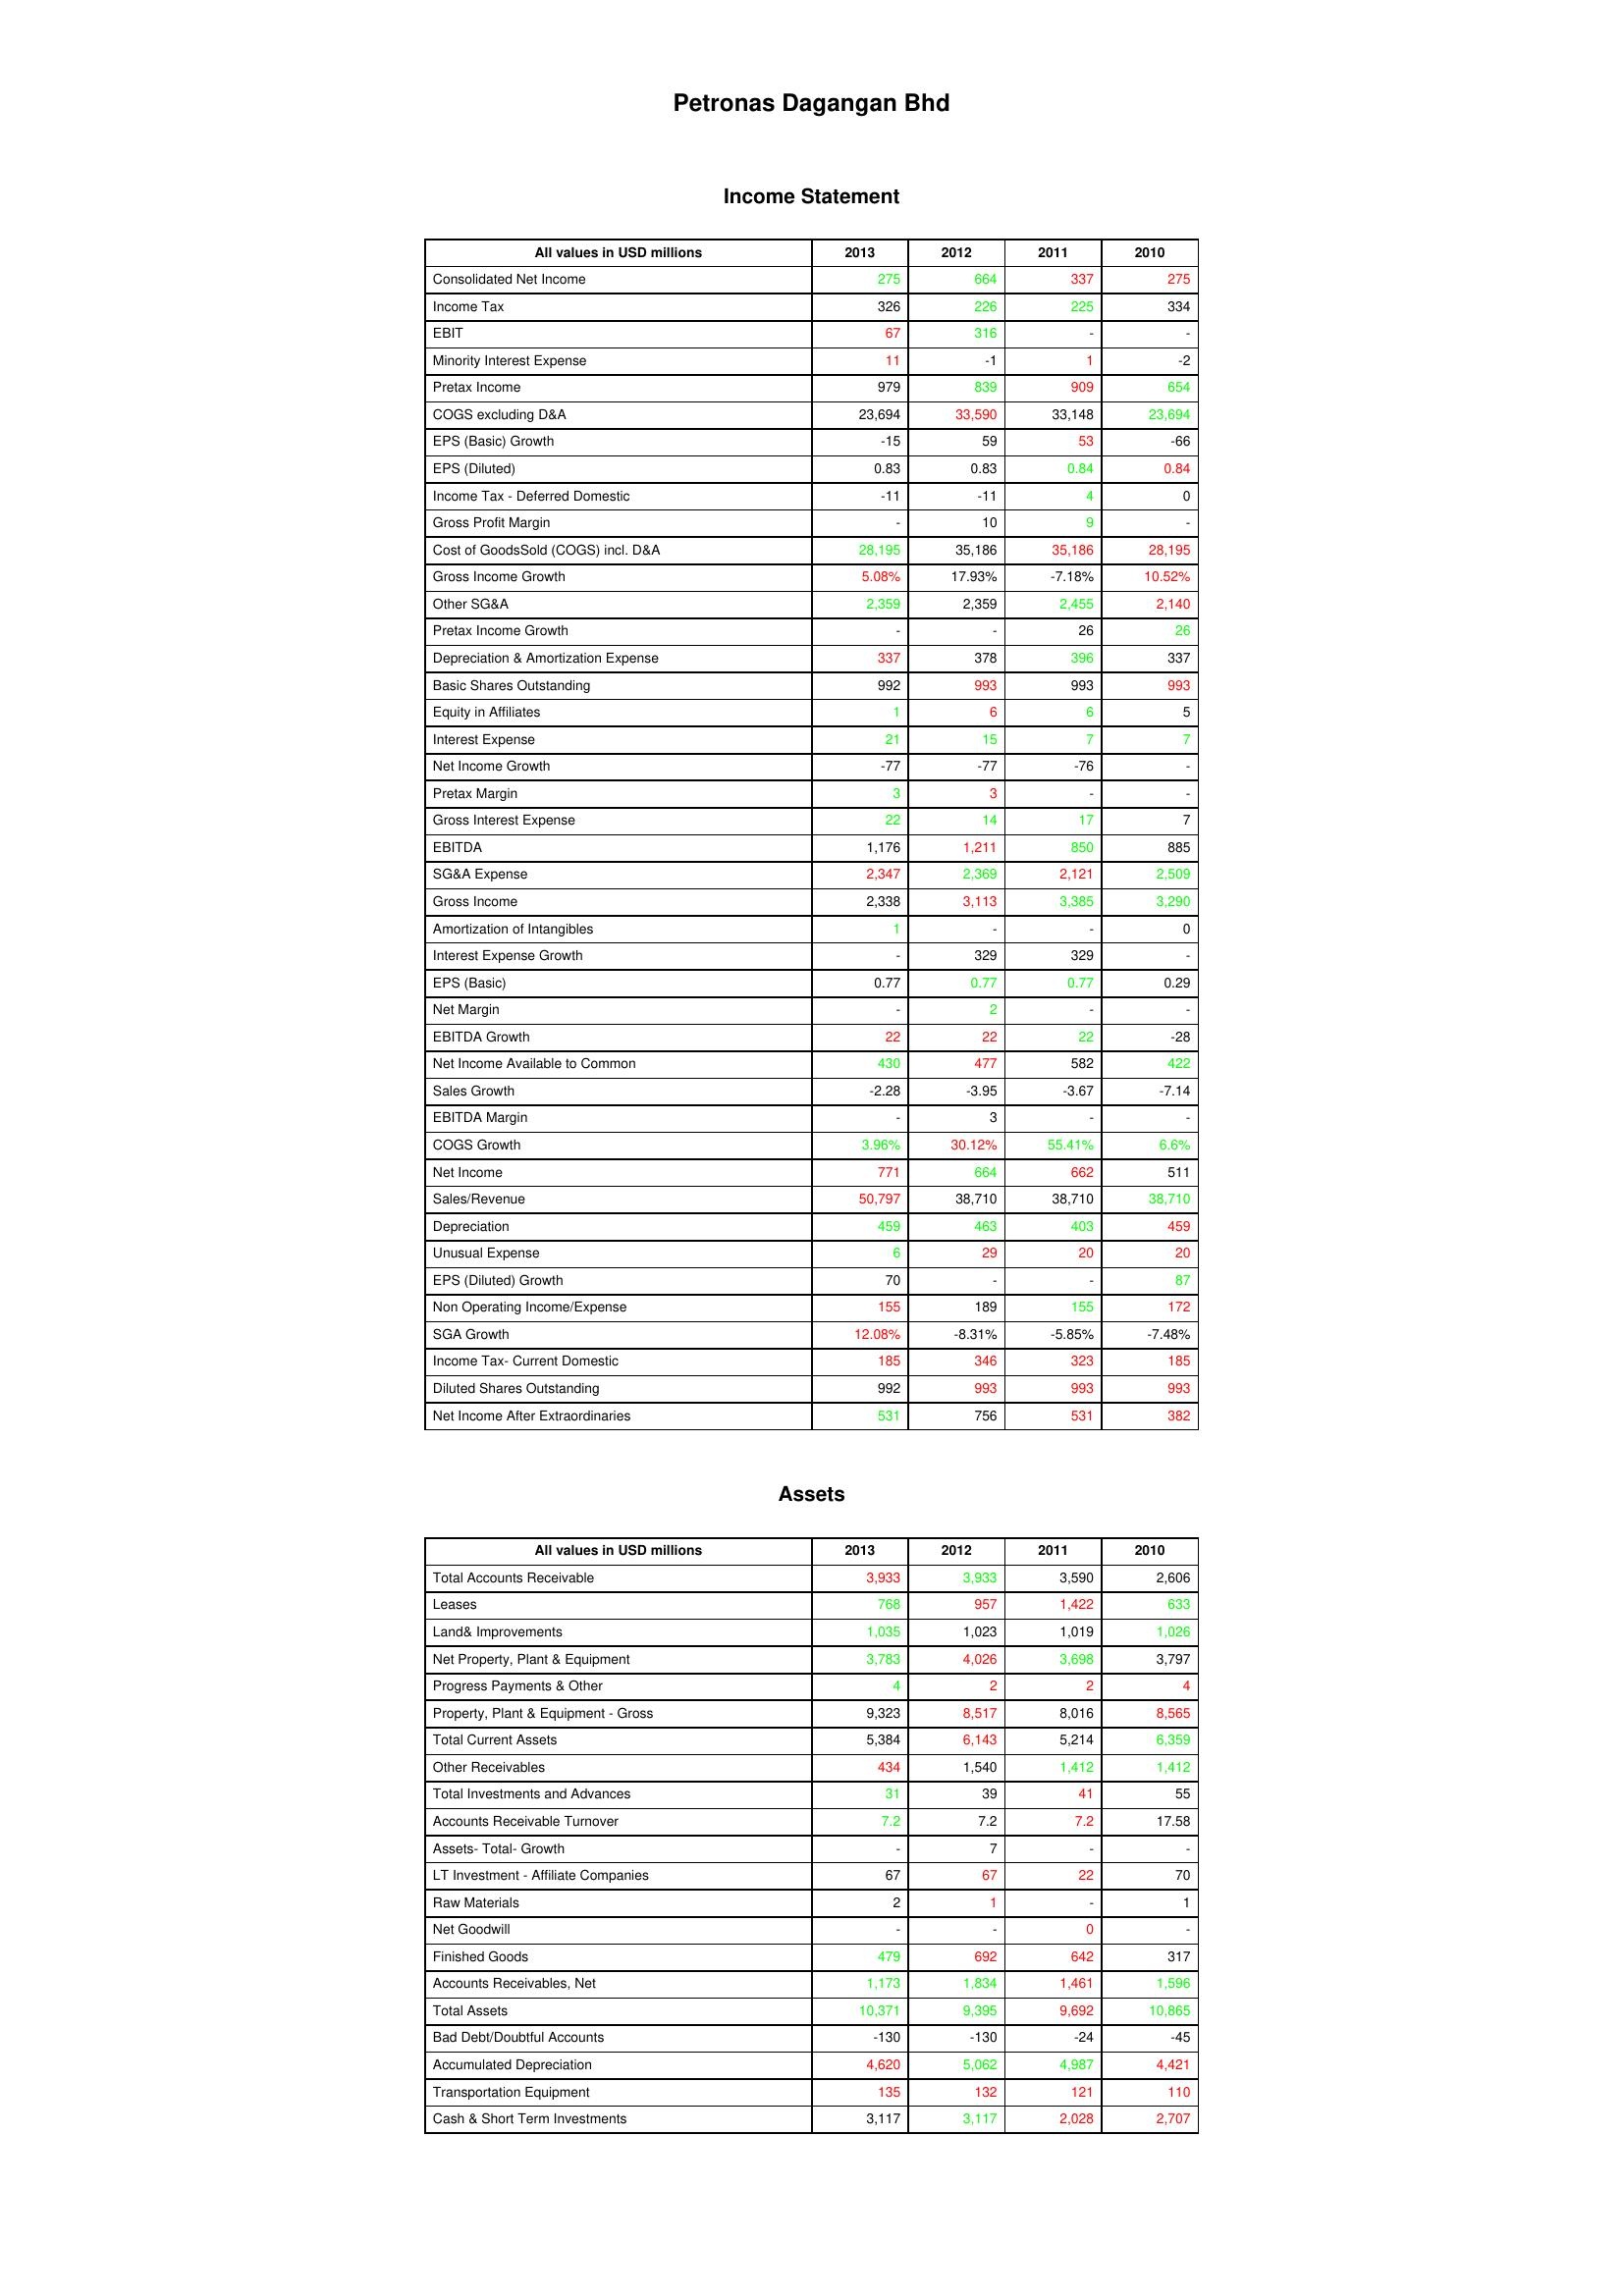
gt_parse: 2013: Income Statement: Consolidated Net Income: 275
Income Tax: 326
EBIT: 67
Minority Interest Expense: 11
Pretax Income: 979
COGS excluding D&A: 23,694
EPS (Basic) Growth: -15
EPS (Diluted): 0.83
Income Tax - Deferred Domestic: -11
Gross Profit Margin: -
Cost of GoodsSold (COGS) incl. D&A: 28,195
Gross Income Growth: 5.08%
Other SG&A: 2,359
Pretax Income Growth: -
Depreciation & Amortization Expense: 337
Basic Shares Outstanding: 992
Equity in Affiliates: 1
Interest Expense: 21
Net Income Growth: -77
Pretax Margin: 3
Gross Interest Expense: 22
EBITDA: 1,176
SG&A Expense: 2,347
Gross Income: 2,338
Amortization of Intangibles: 1
Interest Expense Growth: -
EPS (Basic): 0.77
Net Margin: -
EBITDA Growth: 22
Net Income Available to Common: 430
Sales Growth: -2.28
EBITDA Margin: -
COGS Growth: 3.96%
Net Income: 771
Sales/Revenue: 50,797
Depreciation: 459
Unusual Expense: 6
EPS (Diluted) Growth: 70
Non Operating Income/Expense: 155
SGA Growth: 12.08%
Income Tax- Current Domestic: 185
Diluted Shares Outstanding: 992
Net Income After Extraordinaries: 531
Assets: Total Accounts Receivable: 3,933
Leases: 768
Land& Improvements: 1,035
Net Property, Plant & Equipment: 3,783
Progress Payments & Other: 4
Property, Plant & Equipment - Gross : 9,323
Total Current Assets: 5,384
Other Receivables: 434
Total Investments and Advances: 31
Accounts Receivable Turnover: 7.2
Assets- Total- Growth: -
LT Investment - Affiliate Companies: 67
Raw Materials: 2
Net Goodwill: -
Finished Goods: 479
Accounts Receivables, Net: 1,173
Total Assets: 10,371
Bad Debt/Doubtful Accounts: -130
Accumulated Depreciation: 4,620
Transportation Equipment: 135
Cash & Short Term Investments: 3,117
2012: Income Statement: Consolidated Net Income: 664
Income Tax: 226
EBIT: 316
Minority Interest Expense: -1
Pretax Income: 839
COGS excluding D&A: 33,590
EPS (Basic) Growth: 59
EPS (Diluted): 0.83
Income Tax - Deferred Domestic: -11
Gross Profit Margin: 10
Cost of GoodsSold (COGS) incl. D&A: 35,186
Gross Income Growth: 17.93%
Other SG&A: 2,359
Pretax Income Growth: -
Depreciation & Amortization Expense: 378
Basic Shares Outstanding: 993
Equity in Affiliates: 6
Interest Expense: 15
Net Income Growth: -77
Pretax Margin: 3
Gross Interest Expense: 14
EBITDA: 1,211
SG&A Expense: 2,369
Gross Income: 3,113
Amortization of Intangibles: -
Interest Expense Growth: 329
EPS (Basic): 0.77
Net Margin: 2
EBITDA Growth: 22
Net Income Available to Common: 477
Sales Growth: -3.95
EBITDA Margin: 3
COGS Growth: 30.12%
Net Income: 664
Sales/Revenue: 38,710
Depreciation: 463
Unusual Expense: 29
EPS (Diluted) Growth: -
Non Operating Income/Expense: 189
SGA Growth: -8.31%
Income Tax- Current Domestic: 346
Diluted Shares Outstanding: 993
Net Income After Extraordinaries: 756
Assets: Total Accounts Receivable: 3,933
Leases: 957
Land& Improvements: 1,023
Net Property, Plant & Equipment: 4,026
Progress Payments & Other: 2
Property, Plant & Equipment - Gross : 8,517
Total Current Assets: 6,143
Other Receivables: 1,540
Total Investments and Advances: 39
Accounts Receivable Turnover: 7.2
Assets- Total- Growth: 7
LT Investment - Affiliate Companies: 67
Raw Materials: 1
Net Goodwill: -
Finished Goods: 692
Accounts Receivables, Net: 1,834
Total Assets: 9,395
Bad Debt/Doubtful Accounts: -130
Accumulated Depreciation: 5,062
Transportation Equipment: 132
Cash & Short Term Investments: 3,117
2011: Income Statement: Consolidated Net Income: 337
Income Tax: 225
EBIT: -
Minority Interest Expense: 1
Pretax Income: 909
COGS excluding D&A: 33,148
EPS (Basic) Growth: 53
EPS (Diluted): 0.84
Income Tax - Deferred Domestic: 4
Gross Profit Margin: 9
Cost of GoodsSold (COGS) incl. D&A: 35,186
Gross Income Growth: -7.18%
Other SG&A: 2,455
Pretax Income Growth: 26
Depreciation & Amortization Expense: 396
Basic Shares Outstanding: 993
Equity in Affiliates: 6
Interest Expense: 7
Net Income Growth: -76
Pretax Margin: -
Gross Interest Expense: 17
EBITDA: 850
SG&A Expense: 2,121
Gross Income: 3,385
Amortization of Intangibles: -
Interest Expense Growth: 329
EPS (Basic): 0.77
Net Margin: -
EBITDA Growth: 22
Net Income Available to Common: 582
Sales Growth: -3.67
EBITDA Margin: -
COGS Growth: 55.41%
Net Income: 662
Sales/Revenue: 38,710
Depreciation: 403
Unusual Expense: 20
EPS (Diluted) Growth: -
Non Operating Income/Expense: 155
SGA Growth: -5.85%
Income Tax- Current Domestic: 323
Diluted Shares Outstanding: 993
Net Income After Extraordinaries: 531
Assets: Total Accounts Receivable: 3,590
Leases: 1,422
Land& Improvements: 1,019
Net Property, Plant & Equipment: 3,698
Progress Payments & Other: 2
Property, Plant & Equipment - Gross : 8,016
Total Current Assets: 5,214
Other Receivables: 1,412
Total Investments and Advances: 41
Accounts Receivable Turnover: 7.2
Assets- Total- Growth: -
LT Investment - Affiliate Companies: 22
Raw Materials: -
Net Goodwill: 0
Finished Goods: 642
Accounts Receivables, Net: 1,461
Total Assets: 9,692
Bad Debt/Doubtful Accounts: -24
Accumulated Depreciation: 4,987
Transportation Equipment: 121
Cash & Short Term Investments: 2,028
2010: Income Statement: Consolidated Net Income: 275
Income Tax: 334
EBIT: -
Minority Interest Expense: -2
Pretax Income: 654
COGS excluding D&A: 23,694
EPS (Basic) Growth: -66
EPS (Diluted): 0.84
Income Tax - Deferred Domestic: 0
Gross Profit Margin: -
Cost of GoodsSold (COGS) incl. D&A: 28,195
Gross Income Growth: 10.52%
Other SG&A: 2,140
Pretax Income Growth: 26
Depreciation & Amortization Expense: 337
Basic Shares Outstanding: 993
Equity in Affiliates: 5
Interest Expense: 7
Net Income Growth: -
Pretax Margin: -
Gross Interest Expense: 7
EBITDA: 885
SG&A Expense: 2,509
Gross Income: 3,290
Amortization of Intangibles: 0
Interest Expense Growth: -
EPS (Basic): 0.29
Net Margin: -
EBITDA Growth: -28
Net Income Available to Common: 422
Sales Growth: -7.14
EBITDA Margin: -
COGS Growth: 6.6%
Net Income: 511
Sales/Revenue: 38,710
Depreciation: 459
Unusual Expense: 20
EPS (Diluted) Growth: 87
Non Operating Income/Expense: 172
SGA Growth: -7.48%
Income Tax- Current Domestic: 185
Diluted Shares Outstanding: 993
Net Income After Extraordinaries: 382
Assets: Total Accounts Receivable: 2,606
Leases: 633
Land& Improvements: 1,026
Net Property, Plant & Equipment: 3,797
Progress Payments & Other: 4
Property, Plant & Equipment - Gross : 8,565
Total Current Assets: 6,359
Other Receivables: 1,412
Total Investments and Advances: 55
Accounts Receivable Turnover: 17.58
Assets- Total- Growth: -
LT Investment - Affiliate Companies: 70
Raw Materials: 1
Net Goodwill: -
Finished Goods: 317
Accounts Receivables, Net: 1,596
Total Assets: 10,865
Bad Debt/Doubtful Accounts: -45
Accumulated Depreciation: 4,421
Transportation Equipment: 110
Cash & Short Term Investments: 2,707